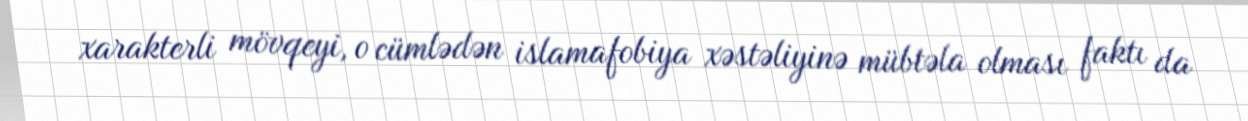
xarakterli mövqeyi, o cümlədən islamafobiya xəstəliyinə mübtəla olması faktı da